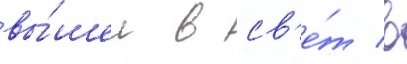
вы́шел в св'е́т в